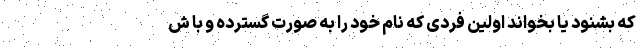
که بشنود یا بخواند اولین فردی که نام خود را به صورت گسترده و با ش